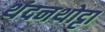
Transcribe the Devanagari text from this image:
थंदनथोट्टा